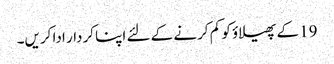
19 کے پھیلاؤ کو کم کرنے کے لئے اپنا کردار ادا کریں۔